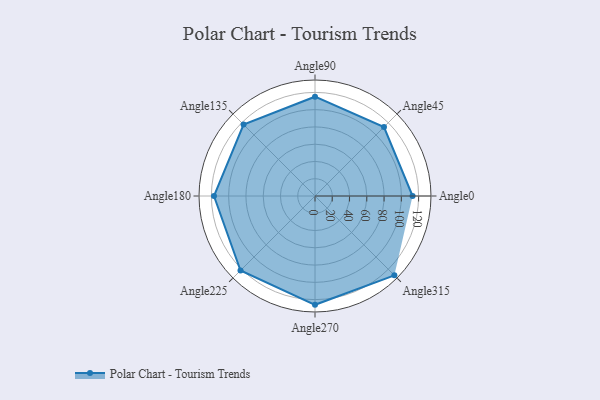
{"axis": {"x": "Angle", "y": "Radius"}, "legend": [""], "data": [{"x": "Angle0", "y": 113.0, "type": ""}, {"x": "Angle45", "y": 113.0, "type": ""}, {"x": "Angle90", "y": 115.0, "type": ""}, {"x": "Angle135", "y": 117.0, "type": ""}, {"x": "Angle180", "y": 117.0, "type": ""}, {"x": "Angle225", "y": 122.0, "type": ""}, {"x": "Angle270", "y": 126.0, "type": ""}, {"x": "Angle315", "y": 130.0, "type": ""}]}